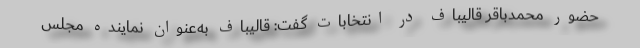
حضور محمد‌باقر قالیباف در انتخابات گفت: قالیباف به‌عنوان نماینده مجلس